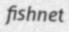
fishnet